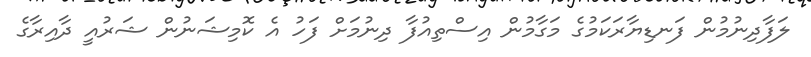
ލަފާދިނުމުން ފަނޑިޔާރަކަމުގެ މަގާމުން އިސްތިއުފާ ދިނުމަށް ފަހު އެ ކޮމިޝަނުން ޝަރުއީ ދާއިރާގެ